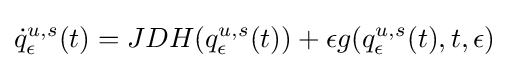
{\dot {q}}_{\epsilon }^{u,s}(t)=JDH(q_{\epsilon }^{u,s}(t))+\epsilon g(q_{\epsilon }^{u,s}(t),t,\epsilon )